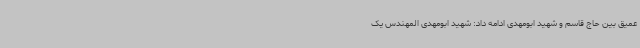
عمیق بین حاج قاسم و شهید ابومهدی ادامه داد: شهید ابومهدی المهندس یک